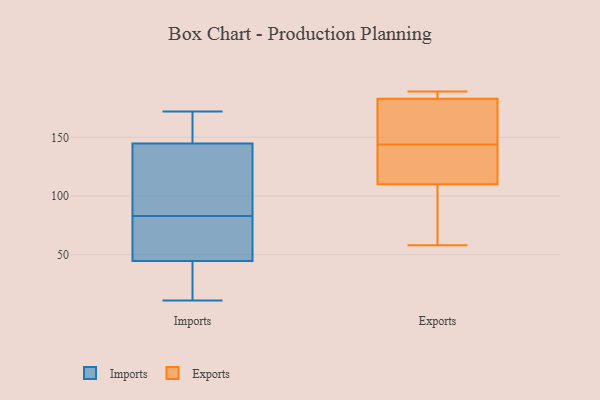
{"axis": {"x": "Net Income (USD K)", "y": "Value"}, "legend": ["Exports", "Imports"], "data": [{"x": "", "y": 100, "type": "Imports"}, {"x": "", "y": 11, "type": "Imports"}, {"x": "", "y": 96, "type": "Imports"}, {"x": "", "y": 165, "type": "Imports"}, {"x": "", "y": 172, "type": "Imports"}, {"x": "", "y": 80, "type": "Imports"}, {"x": "", "y": 142, "type": "Imports"}, {"x": "", "y": 153, "type": "Imports"}, {"x": "", "y": 68, "type": "Imports"}, {"x": "", "y": 45, "type": "Imports"}, {"x": "", "y": 154, "type": "Imports"}, {"x": "", "y": 83, "type": "Imports"}, {"x": "", "y": 37, "type": "Imports"}, {"x": "", "y": 43, "type": "Imports"}, {"x": "", "y": 135, "type": "Imports"}, {"x": "", "y": 37, "type": "Imports"}, {"x": "", "y": 67, "type": "Imports"}, {"x": "", "y": 92, "type": "Exports"}, {"x": "", "y": 58, "type": "Exports"}, {"x": "", "y": 138, "type": "Exports"}, {"x": "", "y": 150, "type": "Exports"}, {"x": "", "y": 183, "type": "Exports"}, {"x": "", "y": 188, "type": "Exports"}, {"x": "", "y": 115, "type": "Exports"}, {"x": "", "y": 164, "type": "Exports"}, {"x": "", "y": 110, "type": "Exports"}, {"x": "", "y": 189, "type": "Exports"}]}